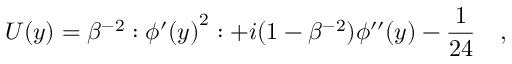
U ( y ) = \beta ^ { - 2 } : { \phi ^ { \prime } ( y ) } ^ { 2 } : + i ( 1 - \beta ^ { - 2 } ) \phi ^ { \prime \prime } ( y ) - \frac { 1 } { 2 4 } \quad ,